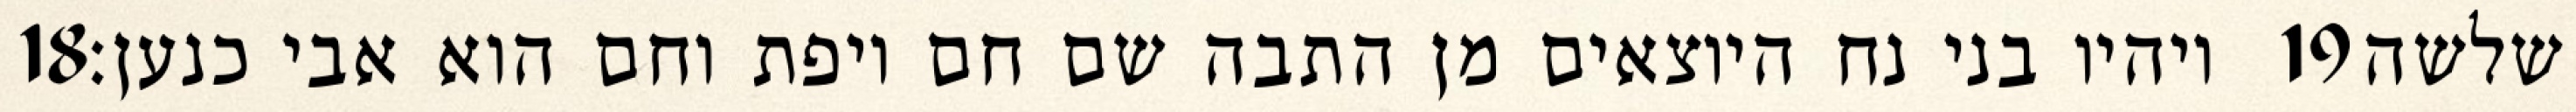
‎18‏ ויהיו בני נח היוצאים מן התבה שם חם ויפת וחם הוא אבי כנען׃ ‎19‏ שלשה